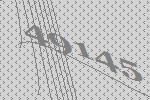
49145